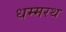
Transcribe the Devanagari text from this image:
धम्मरथ